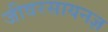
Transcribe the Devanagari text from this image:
जीवरसायनज्ञ